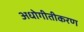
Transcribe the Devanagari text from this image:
अधोगीतीकरण